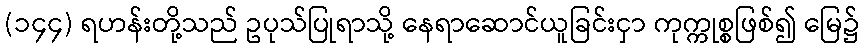
(၁၄၄) ရဟန်းတို့သည် ဥပုသ်ပြုရာသို့ နေရာဆောင်ယူခြင်းငှာ ကုက္ကုစ္စဖြစ်၍ မြေ၌